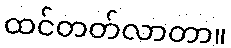
ထင်တတ်လာတာ။